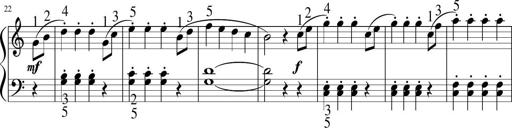
Title: 6 Instructive Sonatinas
Composer: Jacob Schmitt